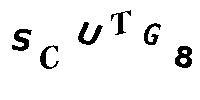
SCUTG8